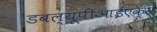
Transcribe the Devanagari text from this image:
डबल्यूपीआईएक्स